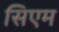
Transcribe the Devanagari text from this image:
सिएम